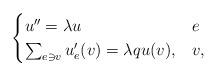
LaTeX: \begin{align*}\begin{cases}u''=\lambda u &e\\\sum_{e\ni v} u'_e(v) = \lambda q u(v), &v,\end{cases}\end{align*}